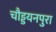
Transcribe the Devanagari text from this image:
चौड्डयनपुरा